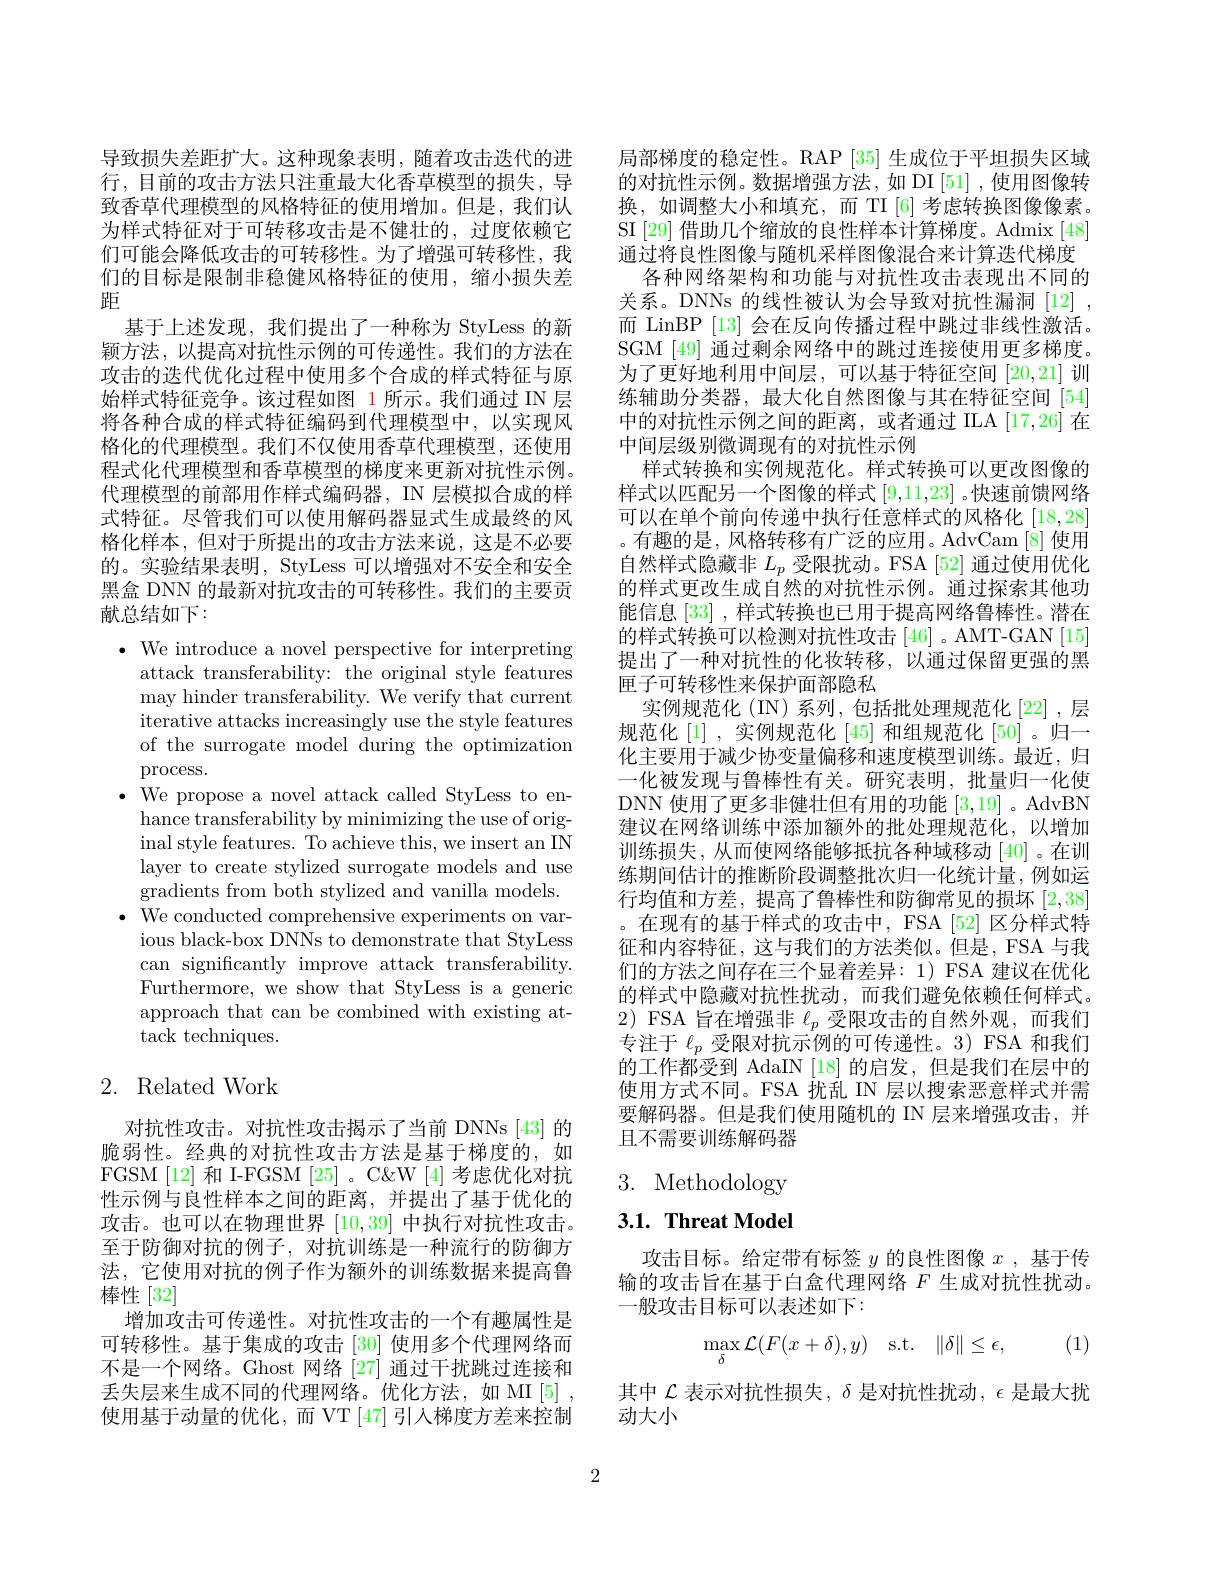
导致损失差距扩大。这种现象表明，随着攻击迭代的进行，目前的攻击方法只注重最大化香草模型的损失，导致香草代理模型的风格特征的使用增加。但是，我们认为样式特征对于可转移攻击是不健壮的，过度依赖它们可能会降低攻击的可转移性。为了增强可转移性，我们的目标是限制非稳健风格特征的使用，缩小损失差距
基于上述发现，我们提出了一种称为 StyLess 的新颖方法，以提高对抗性示例的可传递性。我们的方法在攻击的迭代优化过程中使用多个合成的样式特征与原始样式特征竞争。该过程如图 1 所示。我们通过 IN 层将各种合成的样式特征编码到代理模型中，以实现风格化的代理模型。我们不仅使用香草代理模型，还使用程式化代理模型和香草模型的梯度来更新对抗性示例。代理模型的前部用作样式编码器，IN 层模拟合成的样式特征。尽管我们可以使用解码器显式生成最终的风格化样本，但对于所提出的攻击方法来说，这是不必要的。实验结果表明，StyLess 可以增强对不安全和安全黑盒 DNN 的最新对抗攻击的可转移性。我们的主要贡献总结如下：
$\bullet$ We introduce a novel perspective for interpreting
attack transferability: the original style features may hinder transferability. We verify that current iterative attacks increasingly use the style features of the surrogate model during the optimization process.
$\bullet$ We propose a novel attack called StyLess to en-
hance transferability by minimizing the use of original style features. To achieve this, we insert an IN layer to create stylized surrogate models and use gradients from both stylized and vanilla models.
$\bullet$ We conducted comprehensive experiments on var-
ious black-box DNNs to demonstrate that StyLess can significantly improve attack transferability. Furthermore, we show that StyLess is a generic approach that can be combined with existing attack techniques. 2. Related Work

对抗性攻击。对抗性攻击揭示了当前 DNNs [43] 的脆弱性。经典的对抗性攻击方法是基于梯度的，如FGSM [12] 和 I-FGSM [25] 。C&W [4] 考虑优化对抗性示例与良性样本之间的距离，并提出了基于优化的攻击。也可以在物理世界[10,39]中执行对抗性攻击。至于防御对抗的例子，对抗训练是一种流行的防御方法，它使用对抗的例子作为额外的训练数据来提高鲁棒性[32]
增加攻击可传递性。对抗性攻击的一个有趣属性是可转移性。基于集成的攻击 [30] 使用多个代理网络而不是一个网络。Ghost 网络 [27] 通过干扰跳过连接和丢失层来生成不同的代理网络。优化方法，如 MI[5] , 使用基于动量的优化，而 VT [47] 引入梯度方差来控制

局部梯度的稳定性。RAP [35]生成位于平坦损失区域的对抗性示例。数据增强方法，如 DI [51] ,使用图像转换，如调整大小和填充，而 TI [6]考虑转换图像像素。SI [29] 借助几个缩放的良性样本计算梯度。Admix[48] 通过将良性图像与随机采样图像混合来计算迭代梯度
各种网络架构和功能与对抗性攻击表现出不同的关系。DNNs 的线性被认为会导致对抗性漏洞[12], 而 LinBP [13]会在反向传播过程中跳过非线性激活。SGM [49] 通过剩余网络中的跳过连接使用更多梯度。为了更好地利用中间层，可以基于特征空间[20,21]训练辅助分类器，最大化自然图像与其在特征空间[54] 中的对抗性示例之间的距离，或者通过 ILA [17,26] 在中间层级别微调现有的对抗性示例
样式转换和实例规范化。样式转换可以更改图像的样式以匹配另一个图像的样式[9,11,23] 。快速前馈网络可以在单个前向传递中执行任意样式的风格化[18,28] 。有趣的是，风格转移有广泛的应用。AdvCam [8] 使用自然样式隐藏非$L_p$受限扰动。FSA [52] 通过使用优化的样式更改生成自然的对抗性示例。通过探索其他功能信息[33] ,样式转换也已用于提高网络鲁棒性。潜在的样式转换可以检测对抗性攻击[46]。AMT-GAN[15] 提出了一种对抗性的化妆转移，以通过保留更强的黑匣子可转移性来保护面部隐私
实例规范化(IN)系列，包括批处理规范化[22],层规范化[1],实例规范化[45] 和组规范化[50]。归一化主要用于减少协变量偏移和速度模型训练。最近，归一化被发现与鲁棒性有关。研究表明，批量归一化使DNN 使用了更多非健壮但有用的功能[3,19] 。AdvBN 建议在网络训练中添加额外的批处理规范化，以增加训练损失，从而使网络能够抵抗各种域移动[40]。在训练期间估计的推断阶段调整批次归一化统计量，例如运行均值和方差，提高了鲁棒性和防御常见的损坏[2,38] 。在现有的基于样式的攻击中，FSA [52]区分样式特征和内容特征，这与我们的方法类似。但是，FSA 与我们的方法之间存在三个显着差异：1) FSA 建议在优化的样式中隐藏对抗性扰动，而我们避免依赖任何样式。2) FSA 旨在增强非$\ell_p$受限攻击的自然外观，而我们专注于$\ell_p$受限对抗示例的可传递性。3) FSA 和我们的工作都受到 AdaIN [18] 的启发，但是我们在层中的使用方式不同。FSA 扰乱 IN 层以搜索恶意样式并需要解码器。但是我们使用随机的 IN 层来增强攻击，并且不需要训练解码器3. Methodology

## $3. 1. \textbf{Threat Model}$

攻击目标。给定带有标签$y$的良性图像$x$ ,基于传输的攻击旨在基于白盒代理网络$F$生成对抗性扰动。一般攻击目标可以表述如下：
$$\max\limits_{\delta}\mathcal{L}(F(x+\delta),y)\quad\mathrm{s.t.}\quad\|\delta\|\leq\epsilon,$$
(1)

其中$\mathcal{L}$表示对抗性损失，$\delta$是对抗性扰动，$\epsilon$是最大扰
动大小

2